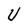
Character: U